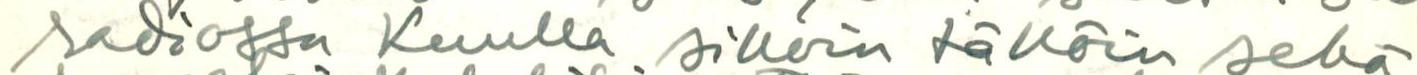
radiossa Kuulla silloin tällöin sekä